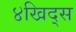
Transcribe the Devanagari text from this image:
४खिद्स